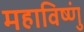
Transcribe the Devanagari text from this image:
महाविष्णुं